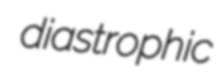
diastrophic